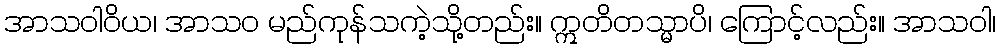
အာသဝါဝိယ၊ အာသဝ မည်ကုန်သကဲ့သို့တည်း။ ဣတိတသ္မာပိ၊ ကြောင့်လည်း။ အာသဝါ၊